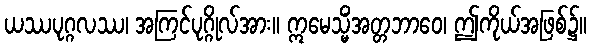
ယဿပုဂ္ဂလဿ၊ အကြင်ပုဂ္ဂိုလ်အား။ ဣမေသ္မိံအတ္တဘာဝေ၊ ဤကိုယ်အဖြစ်၌။